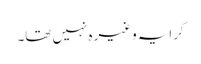
کرایہ وغیرہ نہیں تھا۔